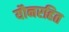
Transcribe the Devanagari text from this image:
यौनरहित